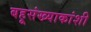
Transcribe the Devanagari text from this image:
बहूसंख्याकांशी